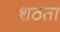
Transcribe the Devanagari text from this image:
शठता